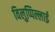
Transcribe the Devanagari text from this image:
विलुप्पिल्लाई